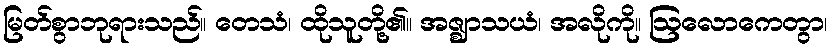
မြတ်စွာဘုရားသည်။ တေသံ၊ ထိုသူတို့၏။ အဇ္ဈာသယံ၊ အလိုကို။ ဩလောကေတွာ၊